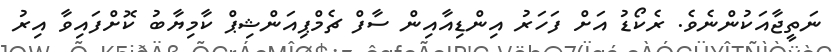
ނަތީޖާއަކުންނެވެ. ރެކޯޑު އަށް ފަހަރު އިންޑިއާއިން ސާފް ޗެމްޕިއަންޝިޕް ކާމިޔާބު ކޮށްފައިވާ އިރު